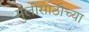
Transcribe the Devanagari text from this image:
मुलींसाठीच्या